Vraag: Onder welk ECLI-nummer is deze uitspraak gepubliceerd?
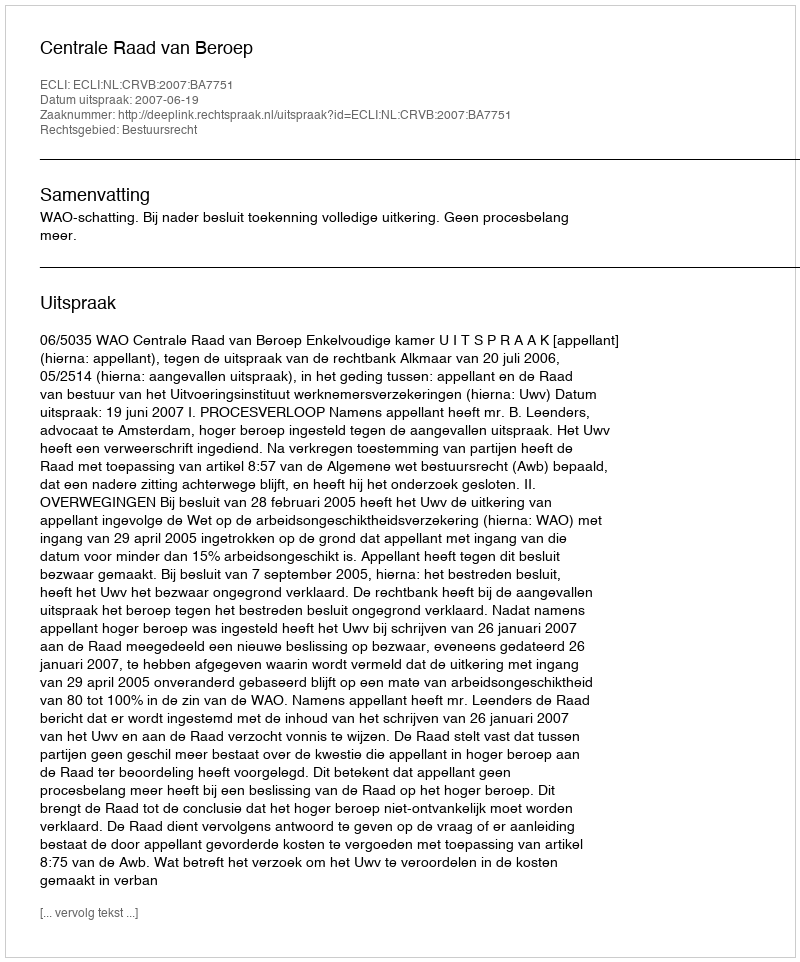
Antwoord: ECLI:NL:CRVB:2007:BA7751